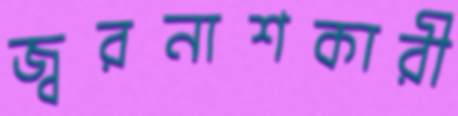
জ্বরনাশকারী